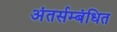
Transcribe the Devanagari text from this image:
अंतर्सम्बंधित